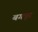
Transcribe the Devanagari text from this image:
बगन्नूर